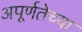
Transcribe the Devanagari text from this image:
अपूर्णतेच्या